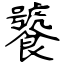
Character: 饕